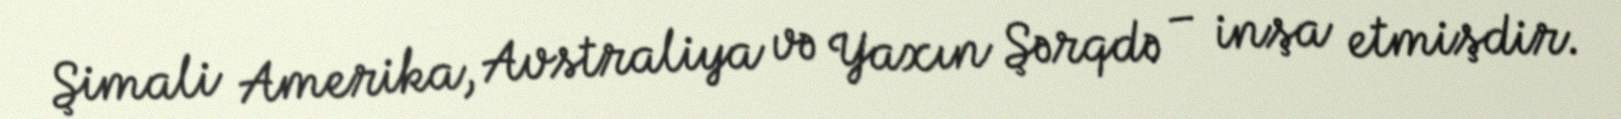
Şimali Amerika, Avstraliya və Yaxın Şərqdə – inşa etmişdir.